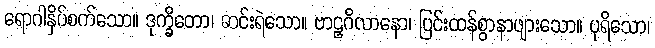
ရောဂါနှိပ်စက်သော။ ဒုက္ခိတော၊ ဆင်းရဲသော။ ဗာဠှဂိလာနော၊ ပြင်းထန်စွာနာဖျားသော။ ပုရိသော၊